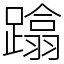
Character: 蹹